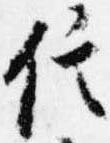
信